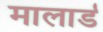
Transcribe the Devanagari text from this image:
मालार्ड